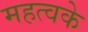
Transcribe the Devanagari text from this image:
महत्वके